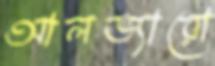
আলভ্যারো